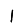
Digit: 1